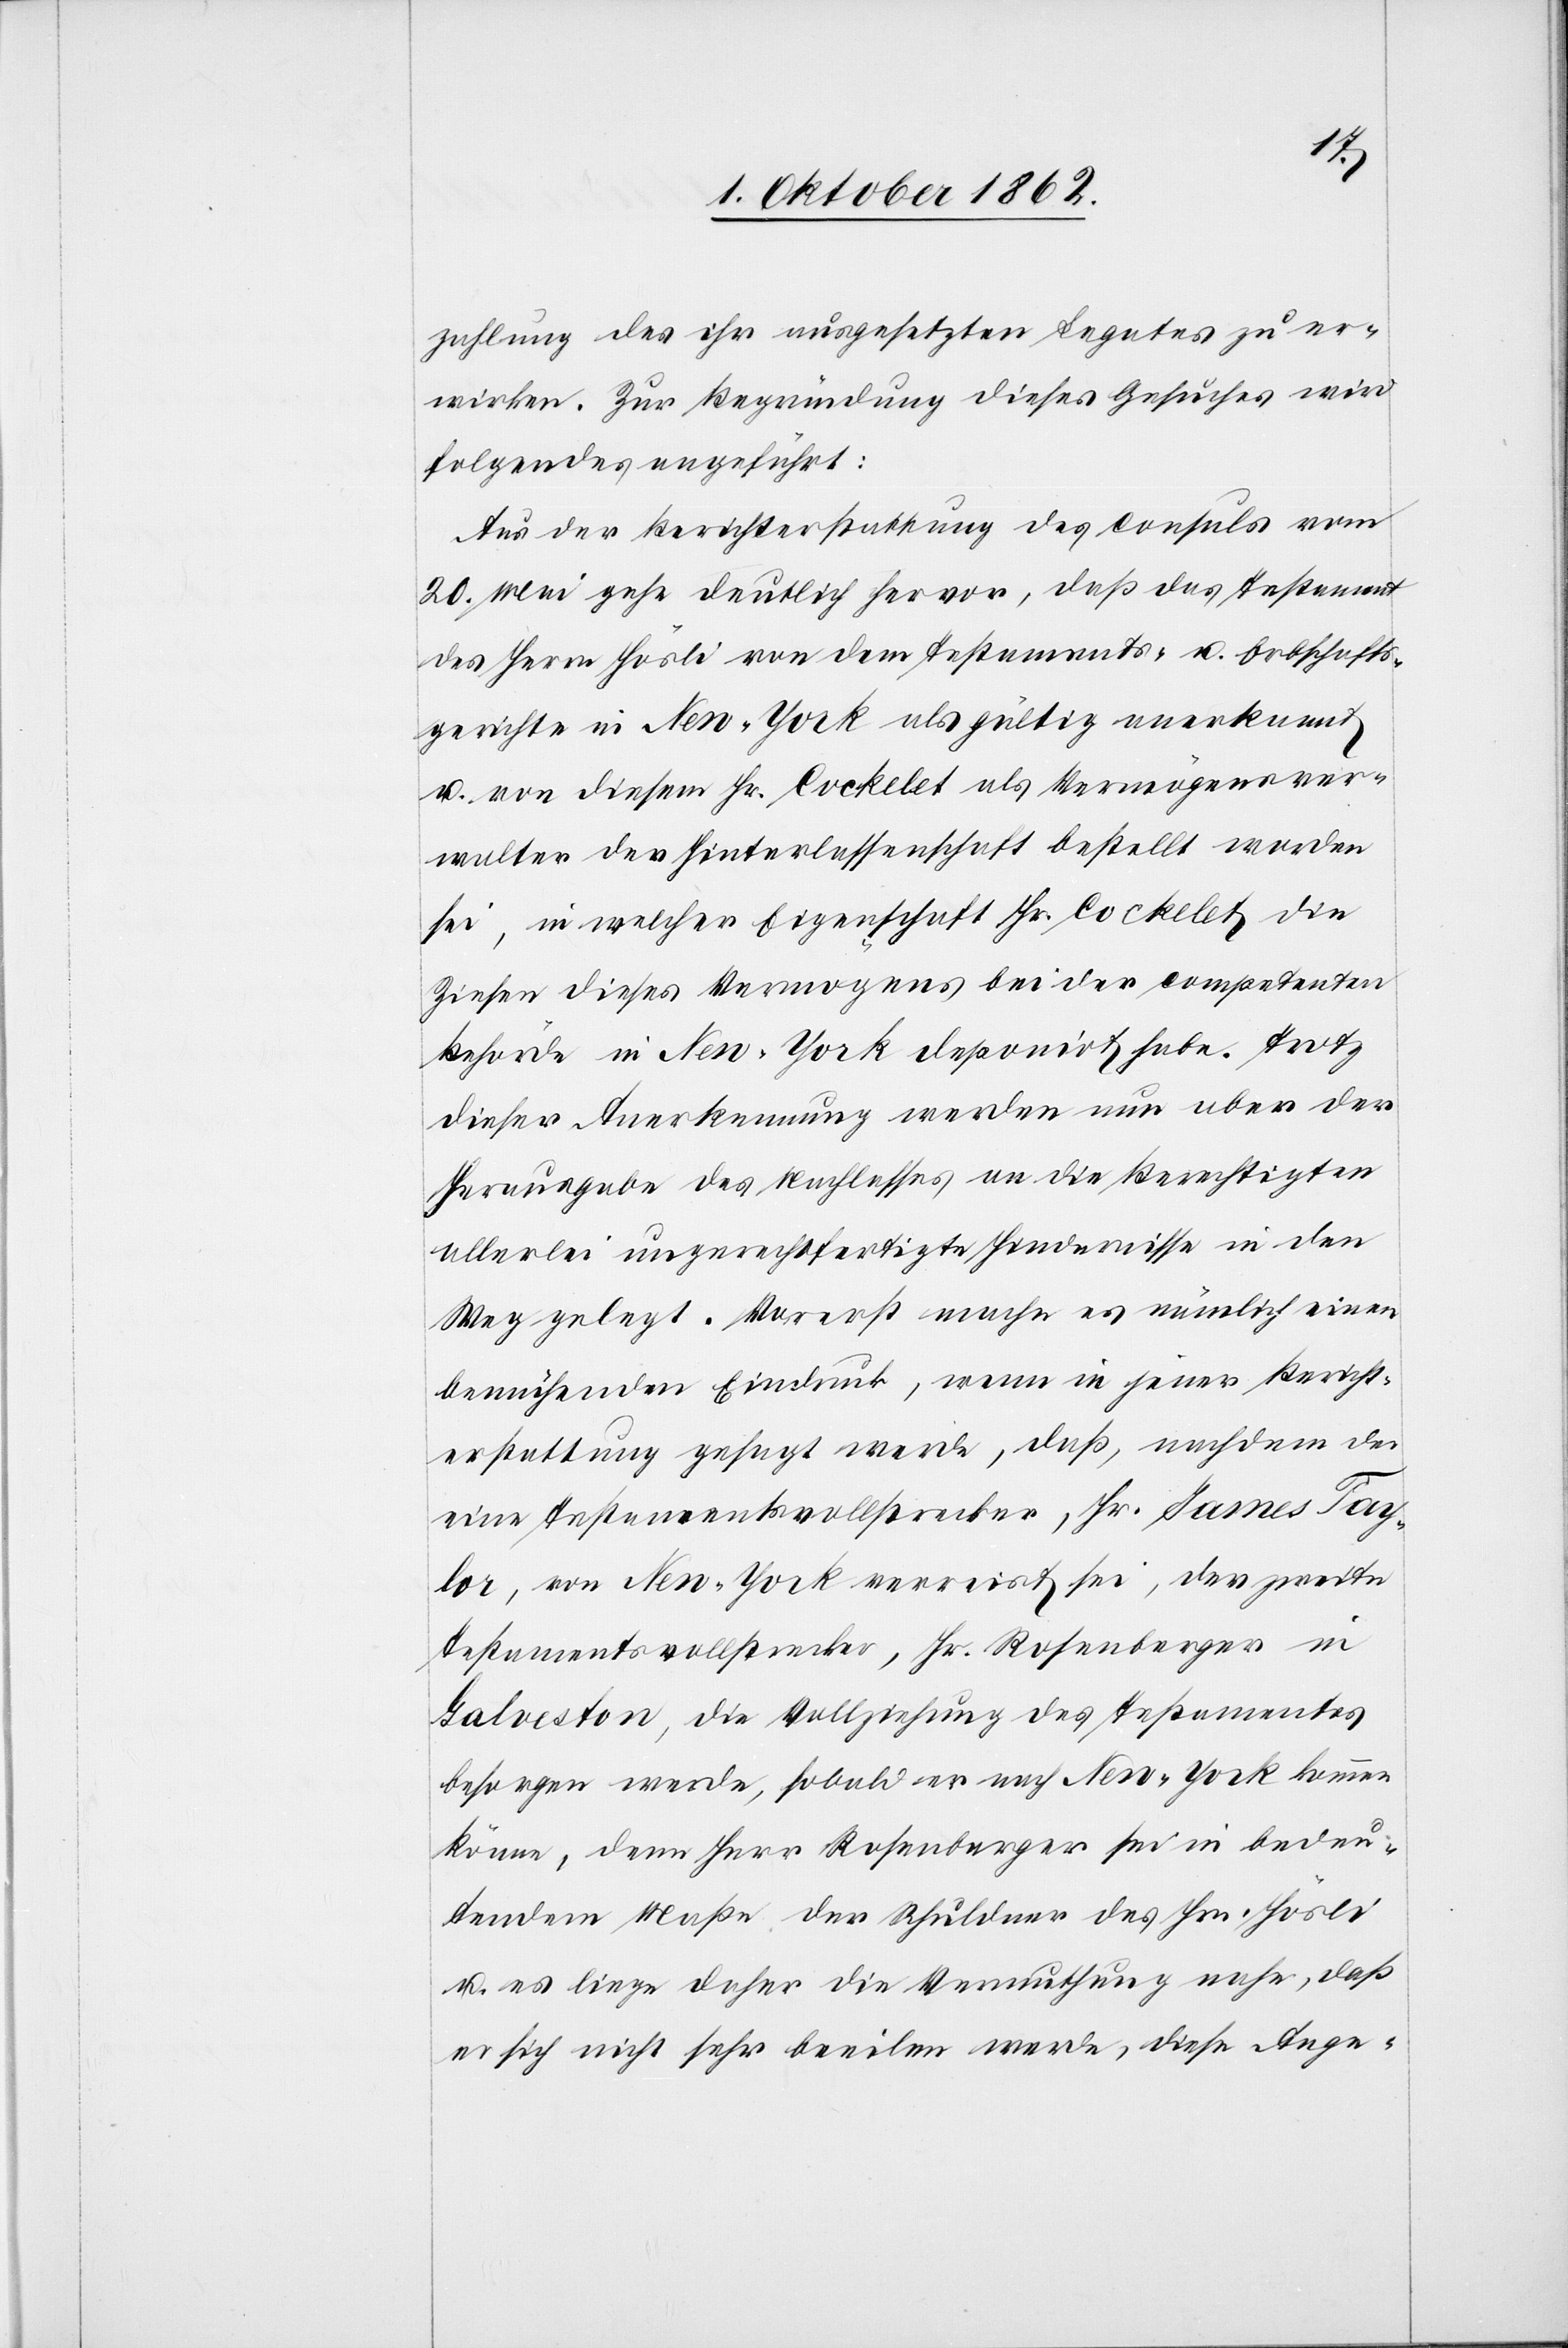
zahlung des ihr ausgesetzten Legates zu er¬
wirken. Zur Begründung dieses Gesuches wird
folgendes angeführt:
Aus der Berichterstattung des Consuls vom
20. Mai gehe deutlich hervor, daß das Testament
des Herrn Hösli von dem Testaments- u. Erbschafts¬
gerichte in New-York als gültig anerkannt
u. von diesem Hr. Cochêlet als Vermögensver¬
walter der Hinterlassenschaft bestellt worden
sei, in welcher Eigenschaft Hr. Cochêlet die
Zinsen dieses Vermögens bei der competenten
Behörde in New-York deponirt habe. Trotz
dieser Anerkennung werden nun aber der
Herausgabe des Nachlasses an die Berechtigten
allerlei ungerechtfertigte Hindernisse in den
Weg gelegt. Vorerst mache es nämlich einen
bemühenden Eindruck, wenn in jener Bericht¬
erstattung gesagt werde, daß, nachdem der
eine Testamentsvollstrecker, Hr. James Tay¬
lor, von New-York verreist sei, der zweite
Testamentsvollstrecker, Hr. Rosenberger in
Galveston, die Vollziehung des Testamentes
besorgen werde, sobald er nach New-York kommen
könne, denn Herr Rosenberger sei in bedeu¬
tendem Maße der Schuldner des Hrn. Hösli
u. es liege daher die Vermuthung nahe, daß
er sich nicht sehr beeilen werde, diese Ange-